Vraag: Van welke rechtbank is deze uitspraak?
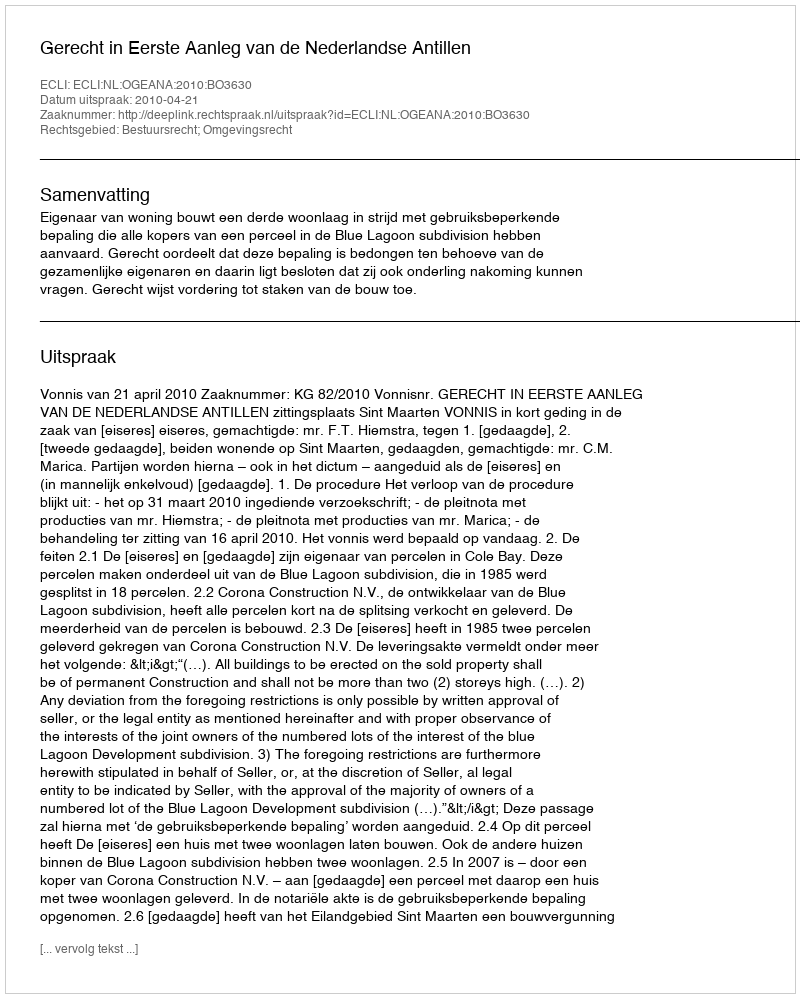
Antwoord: Gerecht in Eerste Aanleg van de Nederlandse Antillen